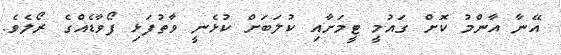
އޭނާ އާންމު ކޮށް ގައުމީ ޓީމަށާއި ކުލަބަށް ކުޅެނީ ވާތުފަޅި ފޯވާޑެއްގެ ރޯލެވެ.